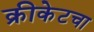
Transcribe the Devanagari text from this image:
क्रीकेटचा